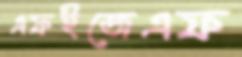
এফইজেএফ